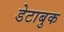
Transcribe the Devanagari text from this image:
डेटाबुक